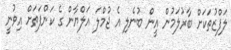
ލަފްޒުތަކަށް ބާރުލަމުން އީން ބުނެލި އެ ޖުމްލަ އަލްޔާން ގެ ކަންފަތަށް އިވުނީ